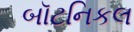
બૉટનિકલ